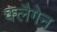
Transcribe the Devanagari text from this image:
क्लैगेन